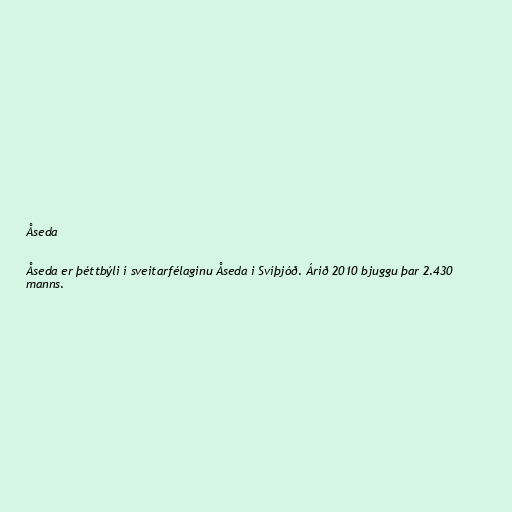
Åseda

Åseda er þéttbýli í sveitarfélaginu Åseda i Svíþjóð. Árið 2010 bjuggu þar 2.430
manns.